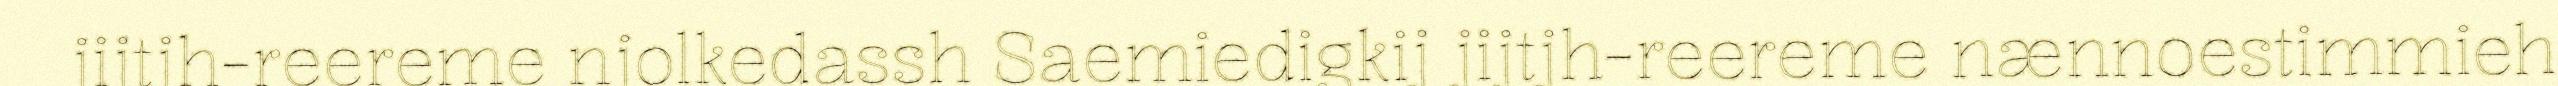
jijtjh-reereme njolkedassh Saemiedigkij jijtjh-reereme nænnoestimmieh